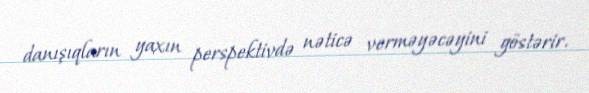
danışıqların yaxın perspektivdə nəticə verməyəcəyini göstərir.